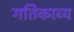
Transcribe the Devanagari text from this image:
गतिकाव्य